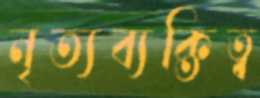
নৃত্যব্যক্তিত্ব